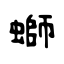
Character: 螄